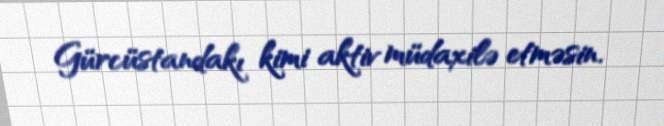
Gürcüstandakı kimi aktiv müdaxilə etməsin.